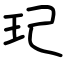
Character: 玘